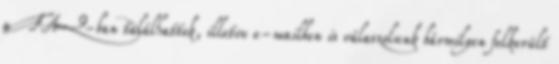
a FAQ-ban találhattok, illetve e-mailben is válaszolunk bármilyen felkerült